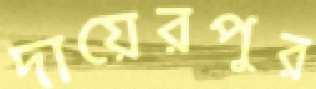
দায়েরপুর